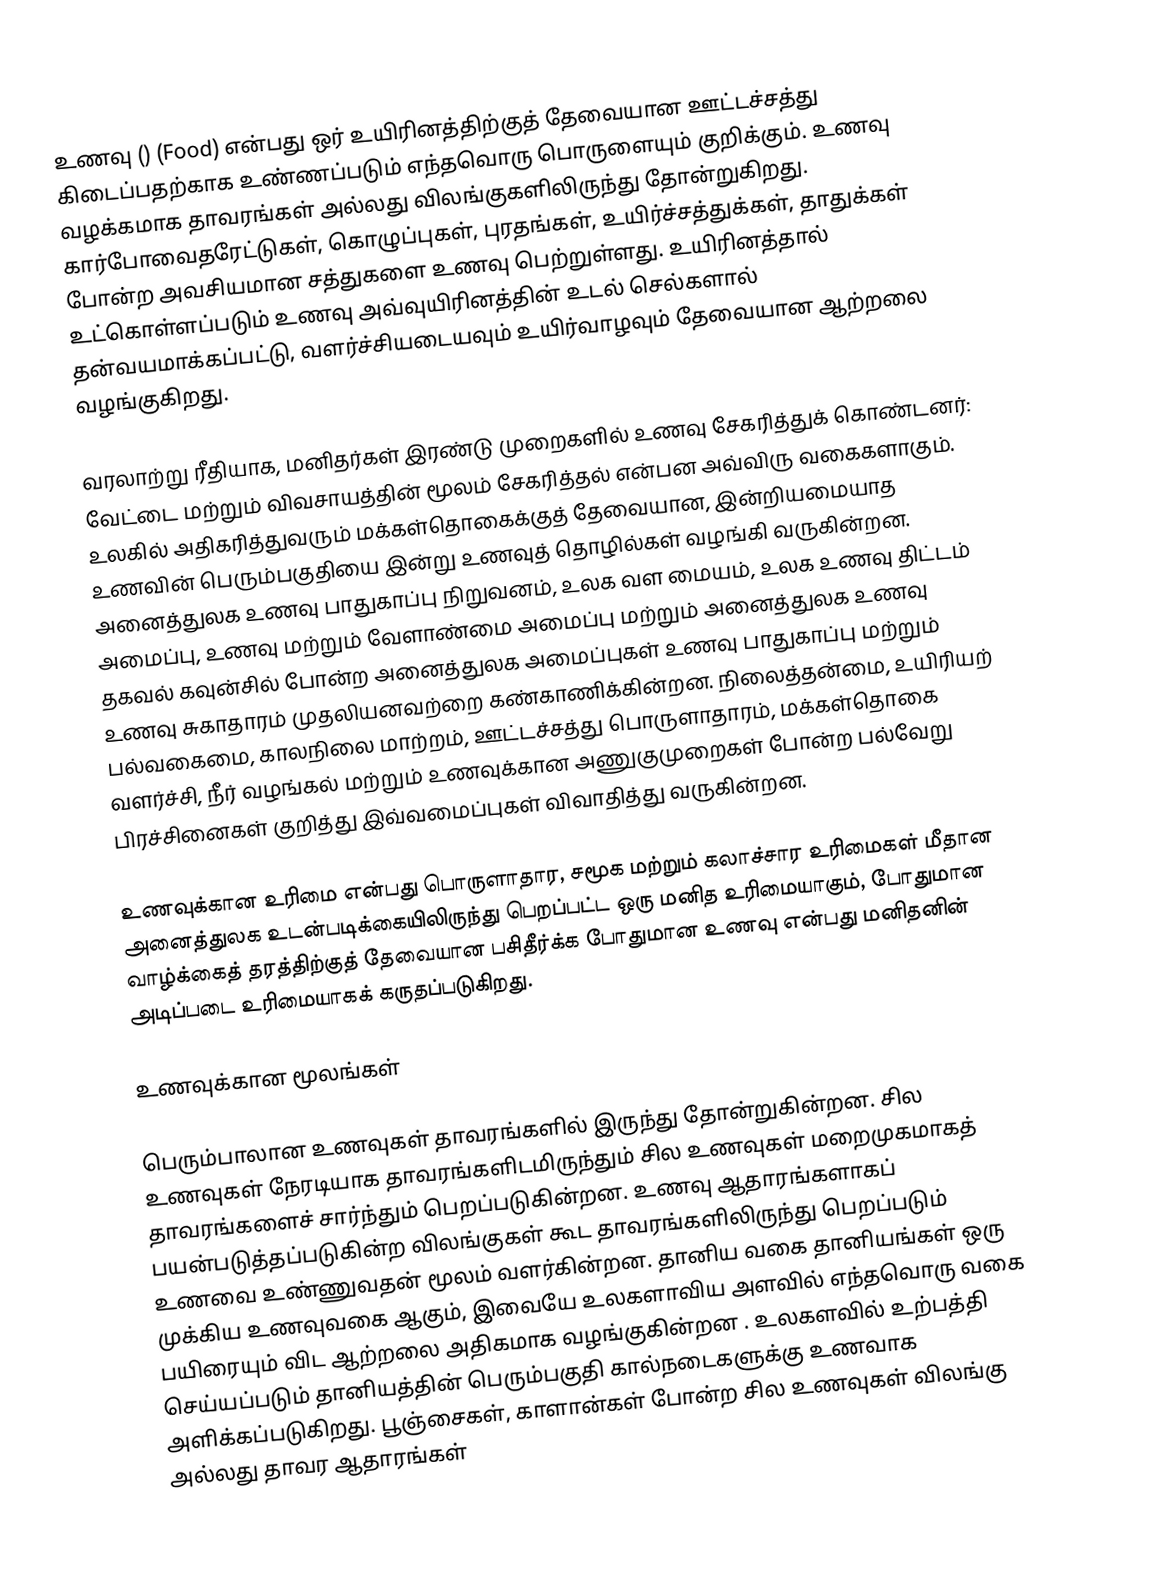
உணவு () (Food) என்பது ஒர் உயிரினத்திற்குத் தேவையான ஊட்டச்சத்து கிடைப்பதற்காக உண்ணப்படும் எந்தவொரு பொருளையும் குறிக்கும். உணவு வழக்கமாக தாவரங்கள் அல்லது விலங்குகளிலிருந்து தோன்றுகிறது. கார்போவைதரேட்டுகள், கொழுப்புகள், புரதங்கள், உயிர்ச்சத்துக்கள், தாதுக்கள் போன்ற அவசியமான சத்துகளை உணவு பெற்றுள்ளது. உயிரினத்தால் உட்கொள்ளப்படும் உணவு அவ்வுயிரினத்தின் உடல் செல்களால் தன்வயமாக்கப்பட்டு, வளர்ச்சியடையவும் உயிர்வாழவும் தேவையான ஆற்றலை வழங்குகிறது.

வரலாற்று ரீதியாக, மனிதர்கள் இரண்டு முறைகளில் உணவு சேகரித்துக் கொண்டனர்: வேட்டை மற்றும் விவசாயத்தின் மூலம் சேகரித்தல் என்பன அவ்விரு வகைகளாகும். உலகில் அதிகரித்துவரும் மக்கள்தொகைக்குத் தேவையான, இன்றியமையாத உணவின் பெரும்பகுதியை இன்று உணவுத் தொழில்கள் வழங்கி வருகின்றன. அனைத்துலக உணவு பாதுகாப்பு நிறுவனம், உலக வள மையம், உலக உணவு திட்டம் அமைப்பு, உணவு மற்றும் வேளாண்மை அமைப்பு மற்றும் அனைத்துலக உணவு தகவல் கவுன்சில் போன்ற அனைத்துலக அமைப்புகள்  உணவு பாதுகாப்பு மற்றும் உணவு சுகாதாரம் முதலியனவற்றை கண்காணிக்கின்றன. நிலைத்தன்மை, உயிரியற் பல்வகைமை, காலநிலை மாற்றம், ஊட்டச்சத்து பொருளாதாரம், மக்கள்தொகை வளர்ச்சி, நீர் வழங்கல் மற்றும் உணவுக்கான அணுகுமுறைகள் போன்ற பல்வேறு பிரச்சினைகள் குறித்து இவ்வமைப்புகள் விவாதித்து வருகின்றன.

உணவுக்கான உரிமை என்பது பொருளாதார, சமூக மற்றும் கலாச்சார உரிமைகள் மீதான அனைத்துலக உடன்படிக்கையிலிருந்து பெறப்பட்ட ஒரு மனித உரிமையாகும், போதுமான வாழ்க்கைத் தரத்திற்குத் தேவையான பசிதீர்க்க போதுமான உணவு என்பது மனிதனின் அடிப்படை உரிமையாகக் கருதப்படுகிறது.

உணவுக்கான மூலங்கள்

பெரும்பாலான உணவுகள் தாவரங்களில் இருந்து தோன்றுகின்றன. சில உணவுகள் நேரடியாக தாவரங்களிடமிருந்தும் சில உணவுகள் மறைமுகமாகத் தாவரங்களைச் சார்ந்தும் பெறப்படுகின்றன. உணவு ஆதாரங்களாகப் பயன்படுத்தப்படுகின்ற விலங்குகள் கூட தாவரங்களிலிருந்து பெறப்படும் உணவை உண்ணுவதன் மூலம் வளர்கின்றன. தானிய வகை தானியங்கள் ஒரு முக்கிய உணவுவகை ஆகும், இவையே உலகளாவிய அளவில் எந்தவொரு வகை பயிரையும் விட ஆற்றலை அதிகமாக வழங்குகின்றன . உலகளவில் உற்பத்தி செய்யப்படும் தானியத்தின் பெரும்பகுதி கால்நடைகளுக்கு உணவாக அளிக்கப்படுகிறது. பூஞ்சைகள், காளான்கள் போன்ற சில உணவுகள் விலங்கு அல்லது தாவர ஆதாரங்கள்